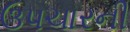
ઉપચારની